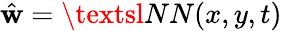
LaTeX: \hat{\textbf{w}}=\textsl{NN}(x,y,t)